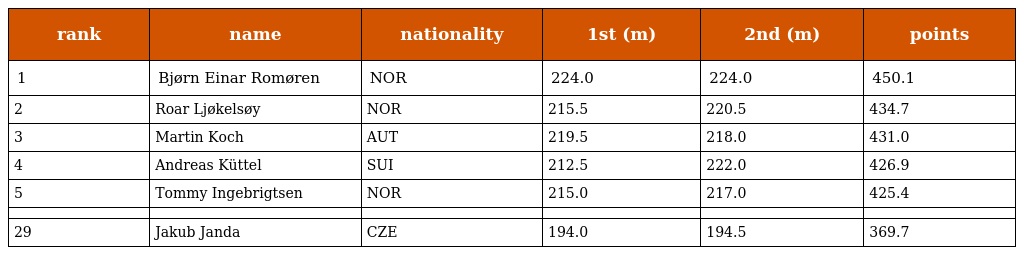
| rank | name | nationality | 1st (m) | 2nd (m) | points |
 | --- | --- | --- | --- | --- | --- |
 | 1 | Bjørn Einar Romøren | NOR | 224.0 | 224.0 | 450.1 |
 | 2 | Roar Ljøkelsøy | NOR | 215.5 | 220.5 | 434.7 |
 | 3 | Martin Koch | AUT | 219.5 | 218.0 | 431.0 |
 | 4 | Andreas Küttel | SUI | 212.5 | 222.0 | 426.9 |
 | 5 | Tommy Ingebrigtsen | NOR | 215.0 | 217.0 | 425.4 |
 |  |  |  |  |  |  |
 | 29 | Jakub Janda | CZE | 194.0 | 194.5 | 369.7 |